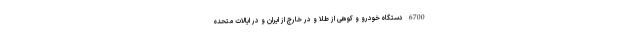
6700 دستگاه خودرو و کوهی از طلا و در خارج از ایران و در ایالات متحده